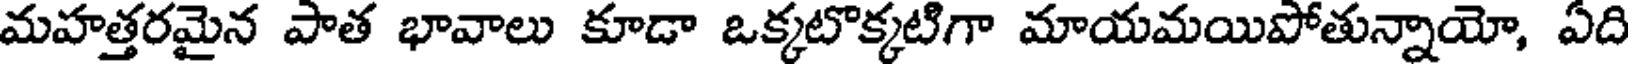
మహత్తరమైన పాత భావాలు కూడా ఒక్కటొక్కటిగా మాయమయిపోతున్నాయో, ఏది